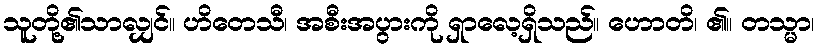
သူတို့၏သာလျှင်။ ဟိတေသီ၊ အစီးအပွားကို ရှာလေ့ရှိသည်။ ဟောတိ၊ ၏။ တသ္မာ၊